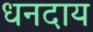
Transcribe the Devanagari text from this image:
धनदाय